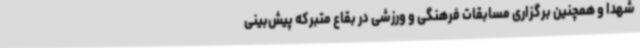
شهدا و همچنین برگزاری مسابقات فرهنگی و ورزشی در بقاع متبرکه پیش‌بینی